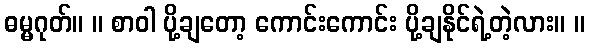
ဓမ္မဂုတ်။ ။ စာဝါ ပို့ချတော့ ကောင်းကောင်း ပို့ချနိုင်ရဲ့တဲ့လား။ ။